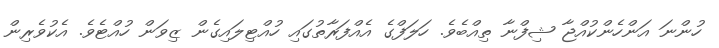
ހުންނަ އަންހެންކުއްޖާ ޝިފްނާ ތިއްބެވެ. ހަލަފްގެ އެއްފަރާތުގައި ހުއްޓިލައިގެން ޒިވަން ހުއްޓެވެ. އެކުވެރިން